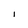
Character: I